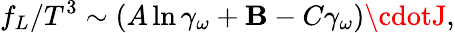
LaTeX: f_{L}/T^{3}\sim(A\ln\gamma_{\omega}+\mathbf{B}-C\gamma_{\omega})\cdotJ,